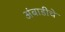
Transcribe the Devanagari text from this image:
अंबाडीचे